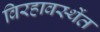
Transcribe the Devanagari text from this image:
विरहावस्थेंत